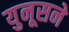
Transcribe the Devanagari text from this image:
युनूसने